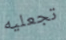
تجعليه